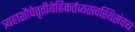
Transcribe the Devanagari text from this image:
त्र्यहाशौचेतृतीयेह्निकर्तव्यस्त्वस्थिसंचयः